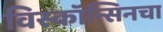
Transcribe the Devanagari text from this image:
विस्कॉन्सिनचा